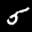
Label: 5